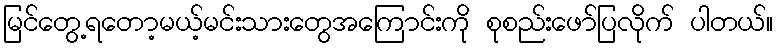
မြင်တွေ့ရတော့မယ့်မင်းသားတွေအကြောင်းကို စုစည်းဖော်ပြလိုက် ပါတယ်။